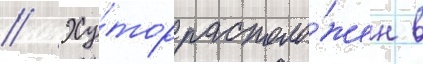
// Ху́тор располо́жен в